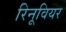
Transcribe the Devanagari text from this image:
रिनूवियर